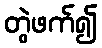
တွဲဖက်၍